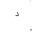
Letter: _dal